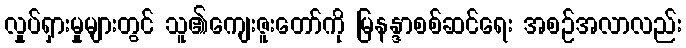
လှုပ်ရှားမှုများတွင် သူ၏ကျေးဇူးတော်ကို မြနန္ဒာစစ်ဆင်ရေး အစဉ်အလာလည်း